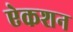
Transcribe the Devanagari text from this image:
ऐकशन